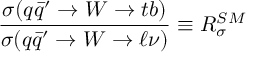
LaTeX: { \frac { \sigma ( q \bar { q } ^ { \prime } \to W \to t b ) } { \sigma ( q \bar { q } ^ { \prime } \to W \to \ell \nu ) } } \equiv R _ { \sigma } ^ { S M }